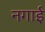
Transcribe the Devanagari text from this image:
नगाई